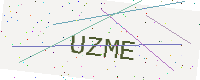
Text: UZME